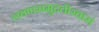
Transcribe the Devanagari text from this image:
लवणसमुद्रतीरवासं